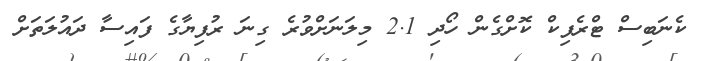
ކެނަބިސް ޓްރެފިކް ކޮށްގެން ހޯދި 2.1 މިލަނަށްވުރެ ގިނަ ރުފިޔާގެ ފައިސާ ދައުލަތަށް